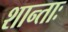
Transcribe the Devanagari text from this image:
शान्ताः